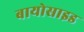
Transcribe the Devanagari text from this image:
बायोसाइड